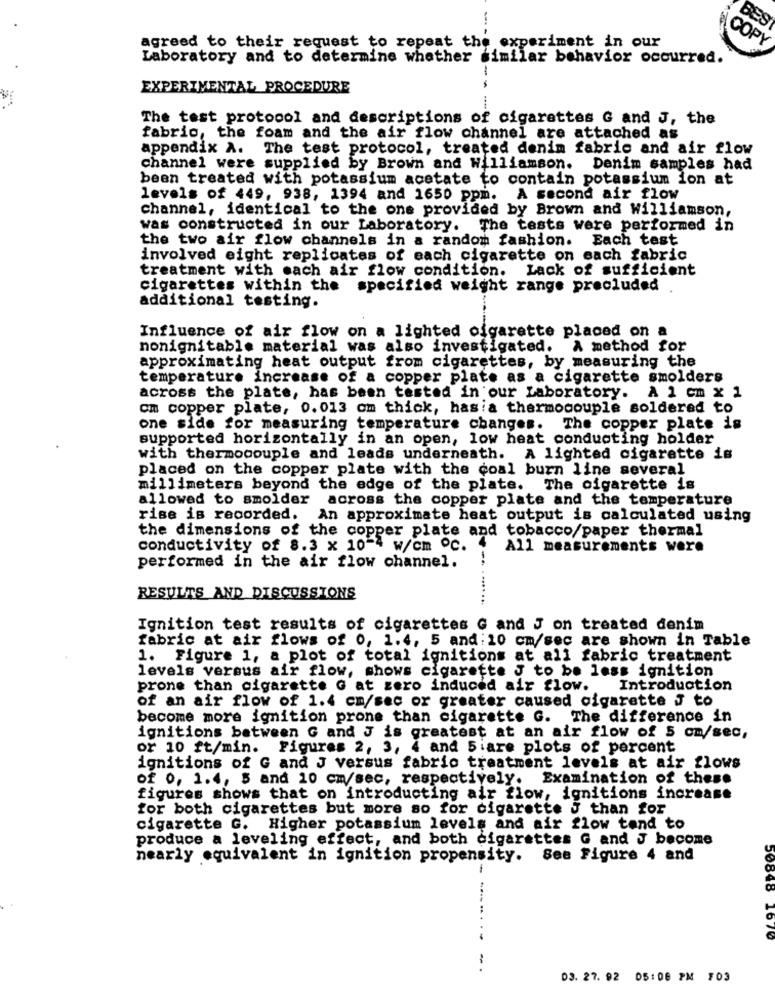
BES
--- -
COPY
agreed to their request to repeat the experiment in our
Laboratory and to determine whether similar behavior occurred.
EXPERIMENTAL PROCEDURE
--
The test protocol and descriptions of cigarettes G and J, the
fabrio, the foam and the air flow channel are attached as
appendix A. The test protocol, treated denim fabric and air flow
channel were supplied by Brown and Williamson. Denim samples had
been treated with potassium acetate to contain potassium ion at
levels of 449, 938, 1394 and 1650 ppm. A second air flow
channel, identical to the one provided by Brown and williamson,
was constructed in our Laboratory. The tests were performed in
the two air flow channels in a random fashion. Each test
involved eight replicates of each cigarette on each fabric
treatment with each air flow condition. Lack of sufficient
cigarettes within the specified weight range precluded
additional testing.
Influence of air flow on a lighted cigarette placed on a
nonignitable material was also investigated. A method for
approximating heat output from cigarettes, by measuring the
temperature increase of a copper plate as a cigarette smolders
across the plate, has been tested in our Laboratory. A 1 cm x 1
om copper plate, 0.013 cm thick, hasia thermocouple soldered to
one side for measuring temperature changes. The copper plate is
supported horizontally in an open, low heat conducting holder
with thermocouple and leads underneath. A lighted cigarette is
placed on the copper plate with the coal burn line several
millimeters beyond the edge of the plate. The cigarette is
allowed to smolder across the copper plate and the temperature
rise is recorded. An approximate heat output is calculated using
the dimensions of the copper plate and tobacco/paper thermal
conductivity of 8.3 x 10-4 w/cm ºC.
All measurements were
performed in the air flow channel.
RESULTS AND DISCUSSIONS
- -.........
Ignition test results of cigarettes G and J on treated denim
fabric at air flows of 0, 1.4, 5 and: 10 cm/sec are shown in Table
1. Figure 1, a plot of total ignitions at all fabric treatment
levels versus air flow, shows cigarette J to be less ignition
prone than cigarette G at zero induced air flow.
Introduction
of an air flow of 1.4 cm/sec or greater caused cigarette J to
become more ignition prone than cigarette G. The difference in
ignitions between G and J is greatest at an air flow of 5 cm/sec,
or 10 ft/min. Figures 2, 3, 4 and 5:are plots of percent
ignitions of G and J versus fabric treatment levels at air flows
of 0, 1.4, 5 and 10 cm/sec, respectively.
Examination of these
figures shows that on introducting air flow, ignitions increase
for both cigarettes but more so for cigarette J than for
cigarette G. Higher potassium levels and air flow tend to
produce a leveling effect, and both cigarettes G and J become
nearly equivalent in ignition propensity. See Figure 4 and
2070
-
03. 27. 92 05:08 PM 103